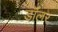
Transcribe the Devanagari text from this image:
डॉॅलर